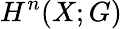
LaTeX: H^{n}(X;G)